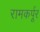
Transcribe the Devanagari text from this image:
रामकर्पूर